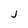
Character: j